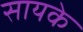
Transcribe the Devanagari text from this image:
सायके